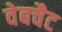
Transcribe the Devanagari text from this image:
वेबचैट